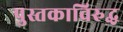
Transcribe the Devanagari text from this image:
पुस्तकाविरुद्ध